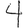
Digit: 4